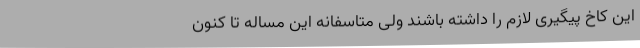
این کاخ پیگیری لازم را داشته باشند ولی متاسفانه این مساله تا کنون